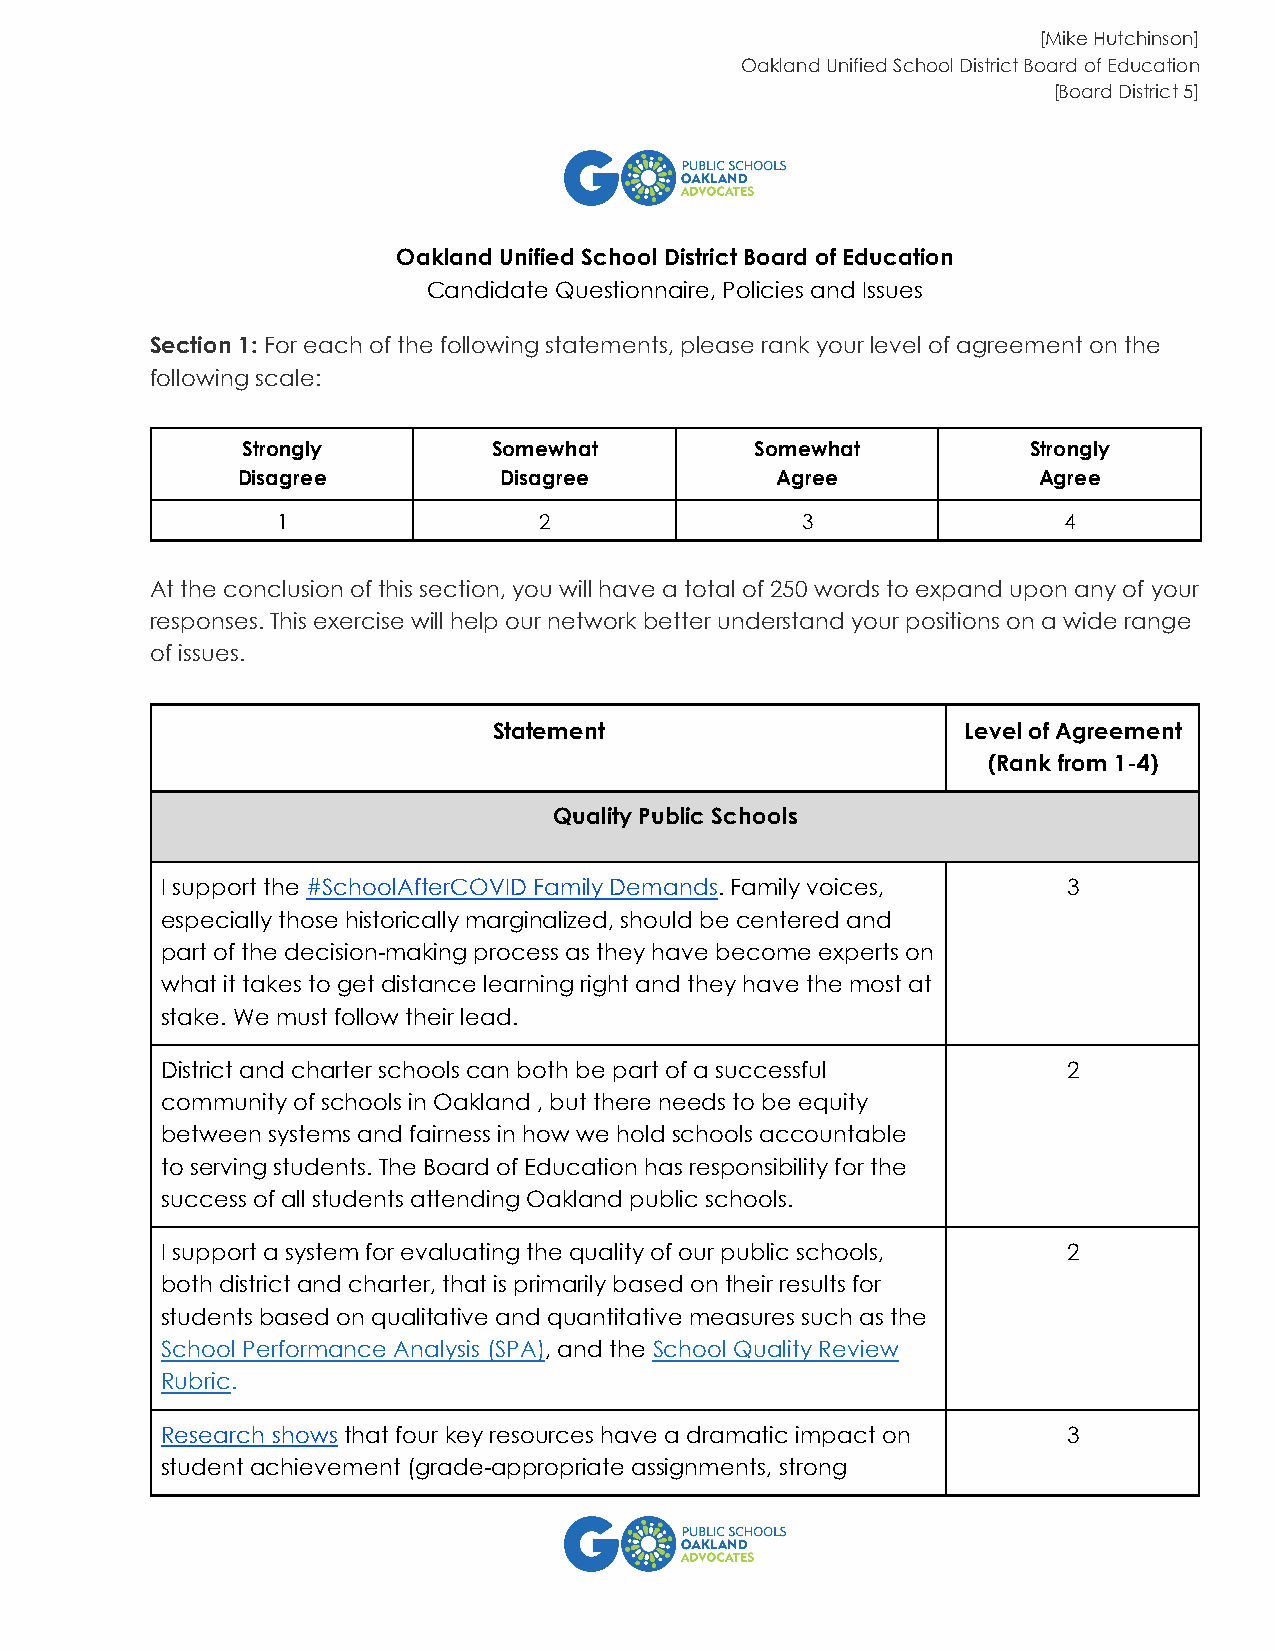
[Mike Hutchinson]
 Oakland Unified School District Board of Education
 [Board District 5]
 Oakland Unified School District Board of Education
 Candidate Questionnaire, Policies and Issues
 Section 1: For each of the following statements, please rank your level of agreement on the
 following scale:
 Strongly         Somewhat         Somewhat          Strongly
 Disagree         Disagree          Agree             Agree
 1                 2                3                4
 At the conclusion of this section, you will have a total of 250 words to expand upon any of your
 responses. This exercise will help our network better understand your positions on a wide range
 of issues.
 Statement                      Level of Agreement
 (Rank from 1-4)
 Quality Public Schools
 I support the #SchoolAfterCOVID Family Demands. Family voices, 3
 especially those historically marginalized, should be centered and
 part of the decision-making process as they have become experts on
 what it takes to get distance learning right and they have the most at
 stake. We must follow their lead.
 District and charter schools can both be part of a successful 2
 community of schools in Oakland , but there needs to be equity
 between systems and fairness in how we hold schools accountable
 to serving students. The Board of Education has responsibility for the
 success of all students attending Oakland public schools.
 I support a system for evaluating the quality of our public schools, 2
 both district and charter, that is primarily based on their results for
 students based on qualitative and quantitative measures such as the
 School Performance Analysis (SPA), and the School Quality Review
 Rubric.
 Research shows that four key resources have a dramatic impact on 3
 student achievement (grade-appropriate assignments, strong